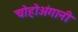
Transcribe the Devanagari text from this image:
चोहोअंगानी